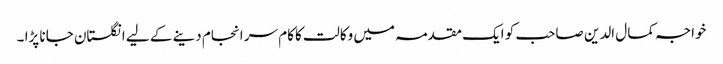
خواجہ کمال الدین صاحب کو ایک مقدمہ میں وکالت کاکام سر انجام دینے کے لیے انگلستان جانا پڑا ۔